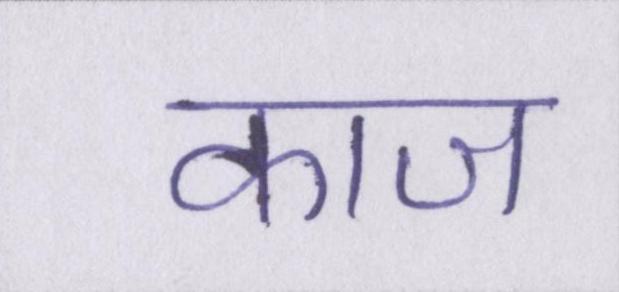
काज